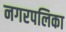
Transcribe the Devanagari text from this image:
नगरपलिका